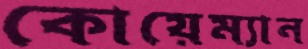
কোয়েম্যান